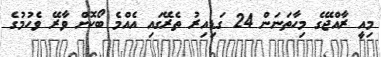
މިއީ ރާއްޖޭގެ މިހާތަނަން 24 ގަޑިއިރު ތެރޭގައި އެއްމެ ބޯކޮށް ވާރޭ ވެހުމުގެ